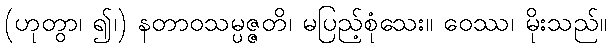
(ဟုတွာ၊ ၍၊) နတာဝသမ္ပဇ္ဇတိ၊ မပြည့်စုံသေး။ ဝေဿ၊ မိုးသည်။